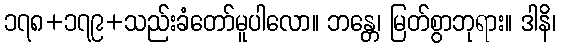
၁၇၈+၁၇၉+သည်းခံတော်မူပါလော။ ဘန္တေ၊ မြတ်စွာဘုရား။ ဒါနိ၊